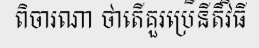
ពិចារណា ថាតើគួរប្រើនីតិវិធី